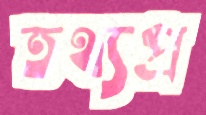
তথ্যপ্র